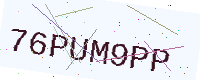
Text: 76PUM9PP